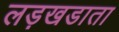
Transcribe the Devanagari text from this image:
लड़खडाता